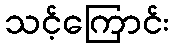
သင့်ကြောင်း